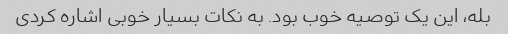
بله، این یک توصیه خوب بود. به نکات بسیار خوبی اشاره کردی